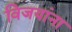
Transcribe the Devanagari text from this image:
विजयांना